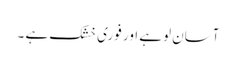
آسان لوہے اور فوری خشک ہے ۔